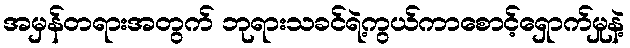
အမှန်တရားအတွက် ဘုရားသခင်ရဲ့ကွယ်ကာစောင့်ရှောက်မှုနဲ့